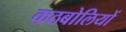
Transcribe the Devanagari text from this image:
कठबोलियों